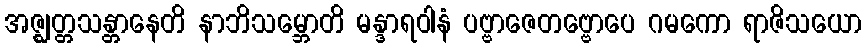
အဇ္ဈတ္တသန္တာနေတိ နာဘိသမ္ဘောတိ မန္ဒာရဝါနံ ပဗ္ဗာဇေတဗ္ဗောပေ ဂမကော ရာဇိသယော